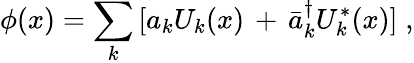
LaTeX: \phi(x)=\sum_{k}\, [a_{k}U_{k}(x)\, +\, \bar{a}_{k}^{\dagger}U_{k}^{*}(x)]\; ,